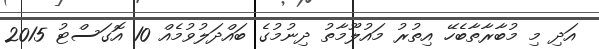
އަދި މި މުބާރާތާބެހޭ އިތުރު މައުލޫމާތު ދިނުމުގެ ބައްދަލުވުމެއް 10 އޮގަސްޓު 2015